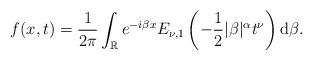
LaTeX: \begin{align*} f(x,t) = \frac{1}{2 \pi} \int_{\mathbb{R}} e^{-i \beta x} E_{\nu, 1} \left( -\frac{1}{2} |\beta|^\alpha t^\nu \right) \mathrm d\beta. \end{align*}